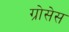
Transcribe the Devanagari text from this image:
ग्रोसेस